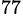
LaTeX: ^{77}